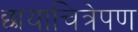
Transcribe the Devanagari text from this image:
छायाचित्रेपण